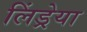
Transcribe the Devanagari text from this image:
लिंड्रेया